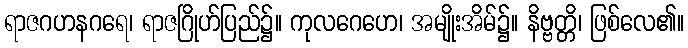
ရာဇဂဟနဂရေ၊ ရာဇဂြိုဟ်ပြည်၌။ ကုလဂေဟေ၊ အမျိုးအိမ်၌။ နိဗ္ဗတ္တိ၊ ဖြစ်လေ၏။